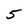
Character: 5